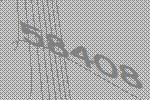
58408